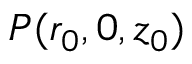
P ( r _ { 0 } , 0 , z _ { 0 } )